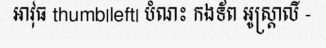
អាវុធ thumb|left| បំណះ កងទ័ព អូស្ត្រាលី -